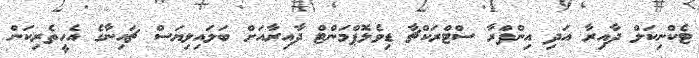
ޓެކްނިކަލް ދާއިރާ އަދި އިންފްރާ ސްޓްރަކްޗާ ޑިވެލޮޕްމަންޓް ދާއިރާއަށް ބަލައިލިޔަސް ޗައިނާގެ އެހީތެރިކަން